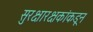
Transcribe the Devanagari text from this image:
सुरक्षारक्षकांकडून